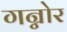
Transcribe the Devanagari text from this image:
गन्नोर